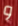
و